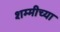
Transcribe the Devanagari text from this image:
शम्मीच्या